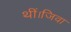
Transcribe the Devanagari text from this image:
थीं।जिवा